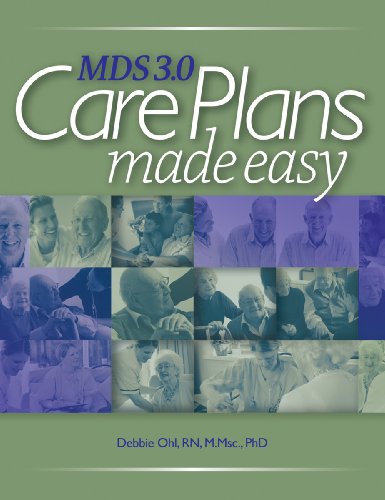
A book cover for MDS 3.0 Care Plans Made Easy; HCPro; Medical Books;